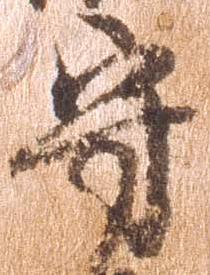
守